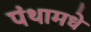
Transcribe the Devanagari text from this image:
पंथामधे